NAE_ERA_R-2632_ENSV_TA_Emakeele_Selts_1945-1955, lk 59
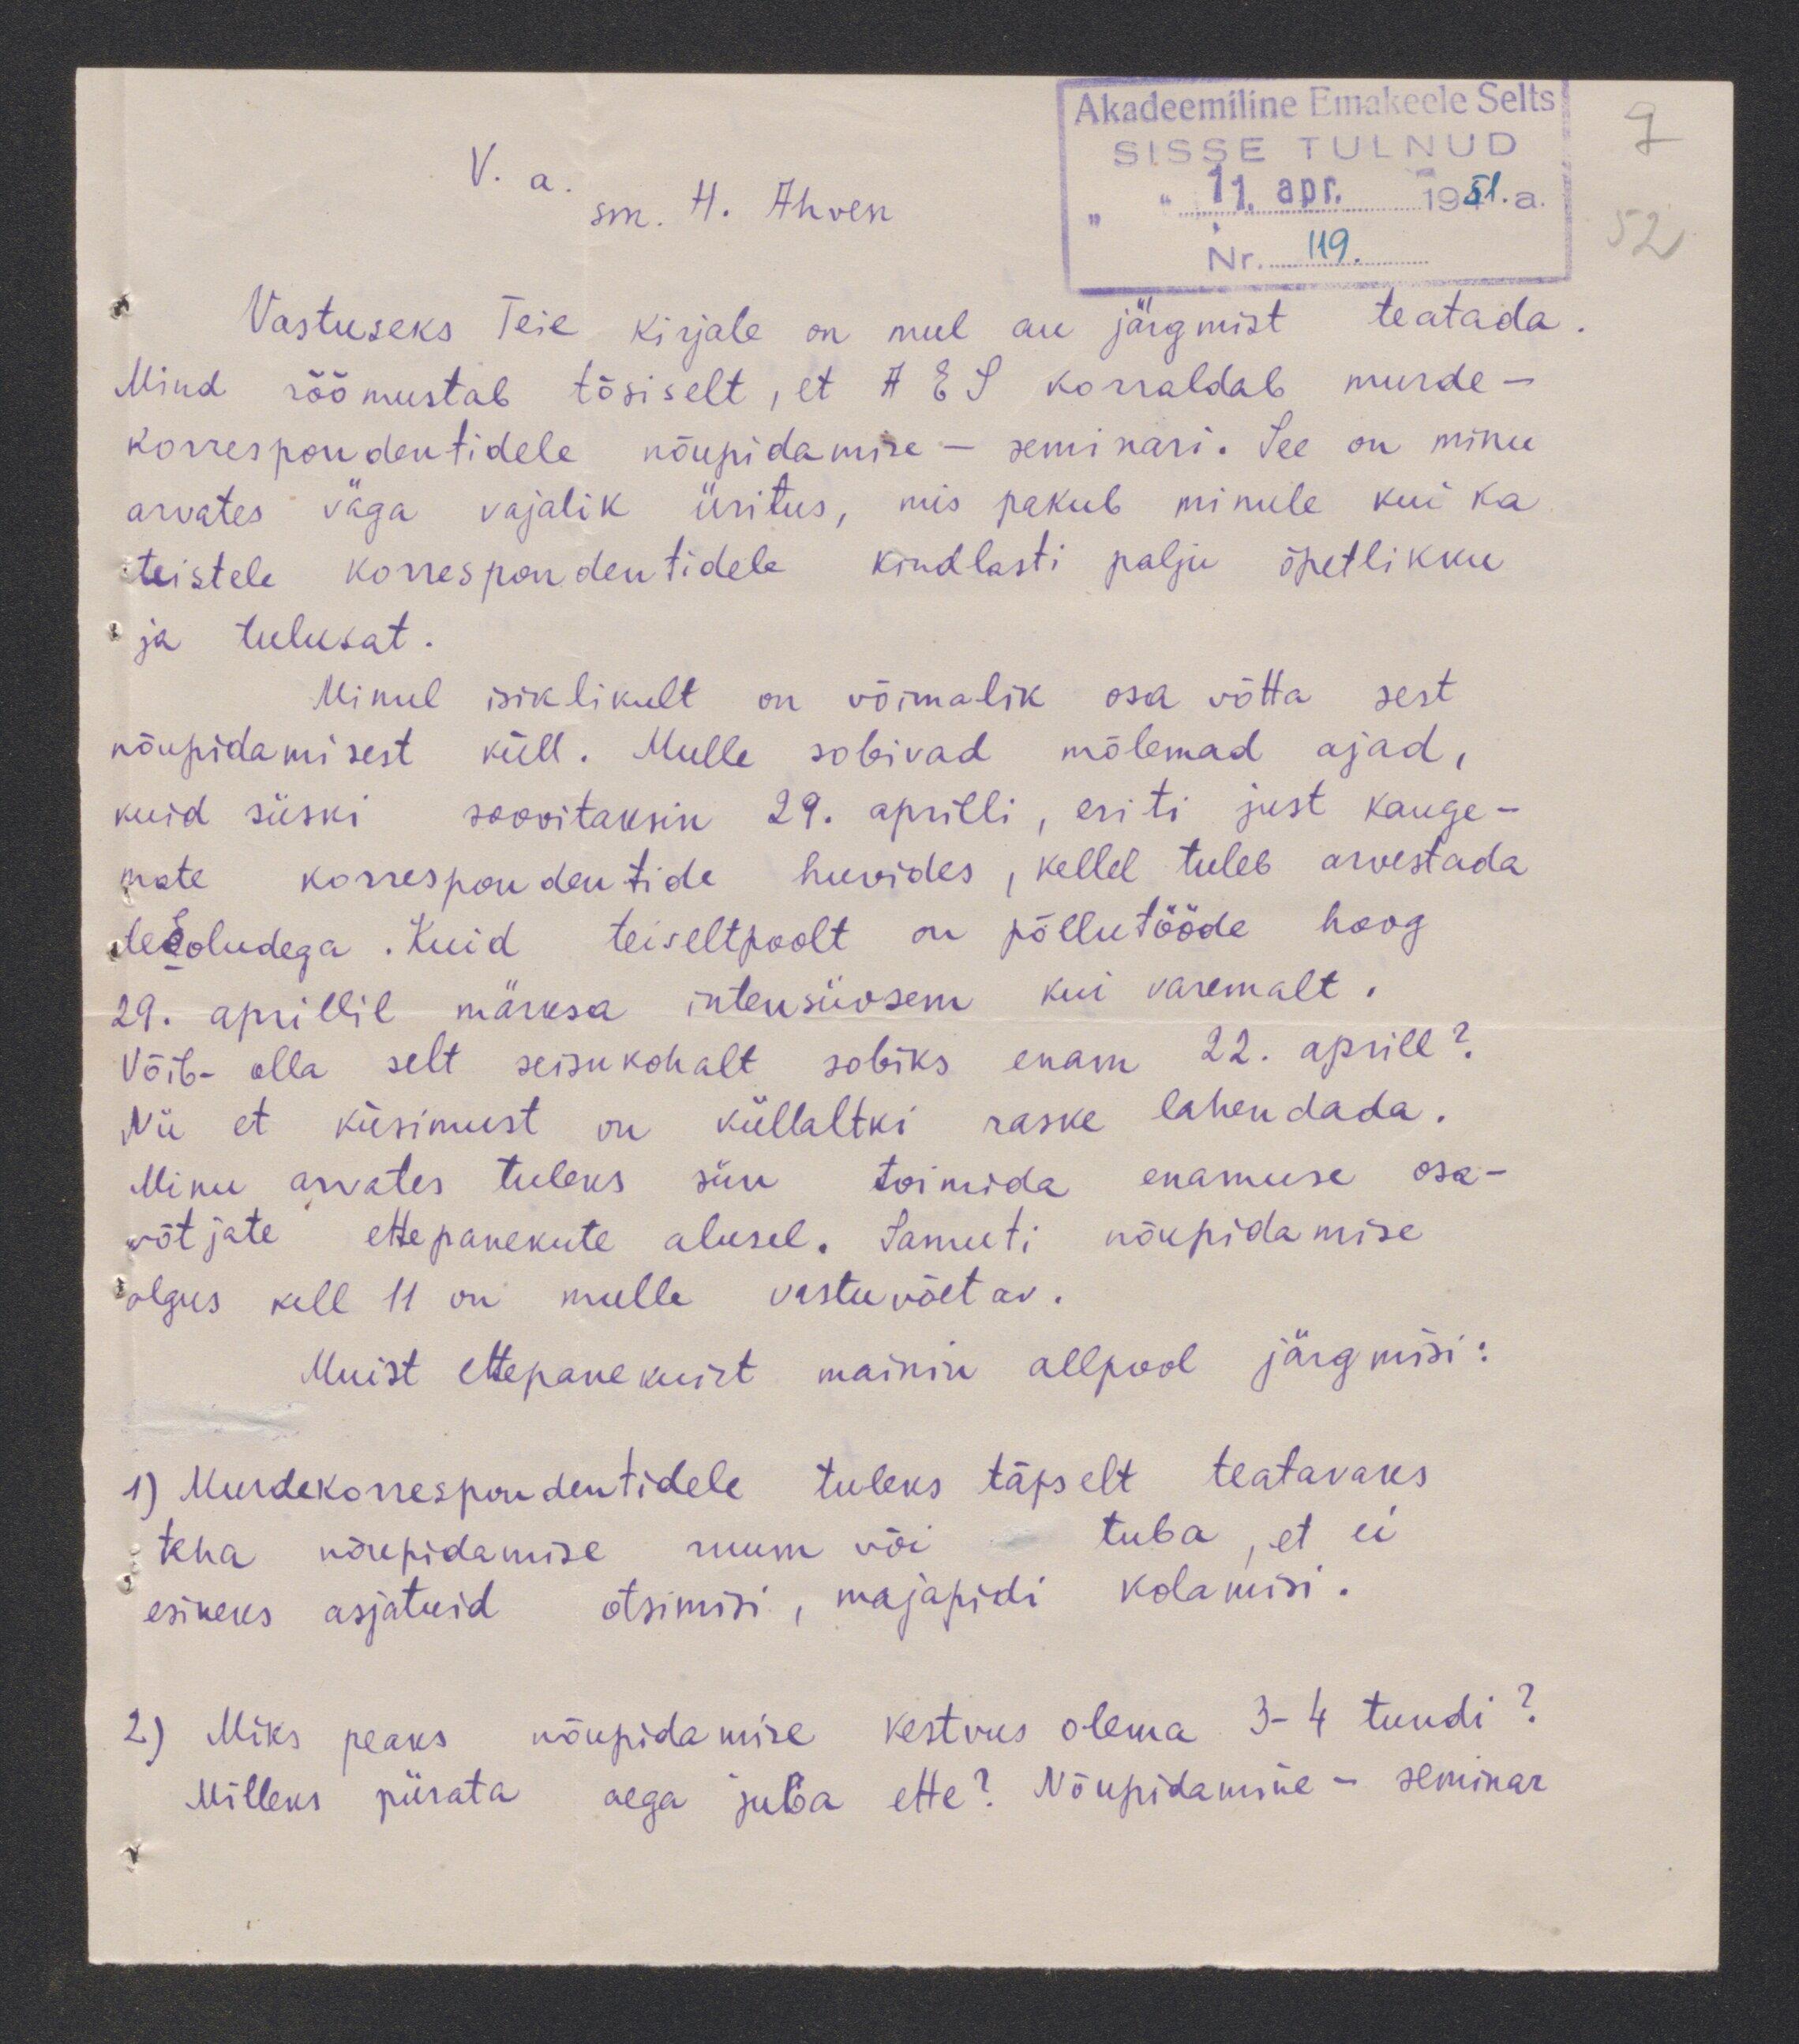
V.a sm. H. Ahven
Vastuseks Teie kirjale on mul au jägmist teatada.
Mind rõõmustab tõsiselt, et AES korraldab murde-
korrespondentidele nõupidamise - seminari. See on minu
arvates väga vajalik uritus, mis pakub minule kui ka
teistele korrespondentidele kindlasti palju õpetlikku
ja tulusat.
Minul isiklikult on võimalik osa võtta, sest
nõupidamisest küll. Mulle sobivad mõlemad ajad,
kuid siiski soovitaksin 29. aprilli, eriti just kauge-
mate korrespondentide huvides, kellel tuleb arvestada
teeoludega. Kuid teiseltpoolt on põllutööde hoog
29. aprillil märksa intensiivsem kui varemalt.
Võib-olla selt seisukohalt sobiks enam 22. aprill?
Nii et küsimust on kullaltki raske lähendada.
Minu arvates tuleks siin toimida enamuse osa-
võtjate ettepanekute alusel. Samuti nõupidamise
algus kell 11 on mulle vastuvõetav.
Muist ettepanekuist mainin allpool järgmisi:
1) Murdekorrespondentidele tuleks täpselt teatavaks
teha nõupidamise ruum või tuba, et ei
esineks asjatuid otsimisi, majapidi kolamisi.
2) Miks peaks nõupidamise kestvus olema 3-4 tundi?
Milleks piirata aega juba ette? Nõupidamine - seminar